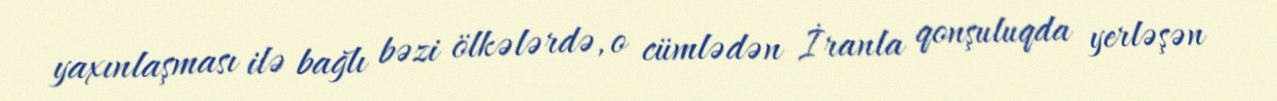
yaxınlaşması ilə bağlı bəzi ölkələrdə, o cümlədən İranla qonşuluqda yerləşən